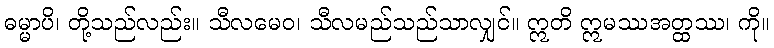
ဓမ္မာပိ၊ တို့သည်လည်း။ သီလမေဝ၊ သီလမည်သည်သာလျှင်။ ဣတိ ဣမဿအတ္ထဿ၊ ကို။